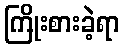
ကြိုးစားခဲ့ရာ